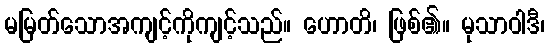
မမြတ်သောအကျင့်ကိုကျင့်သည်။ ဟောတိ၊ ဖြစ်၏။ မုသာဝါဒီ၊